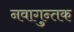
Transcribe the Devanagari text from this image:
नवागुन्तक